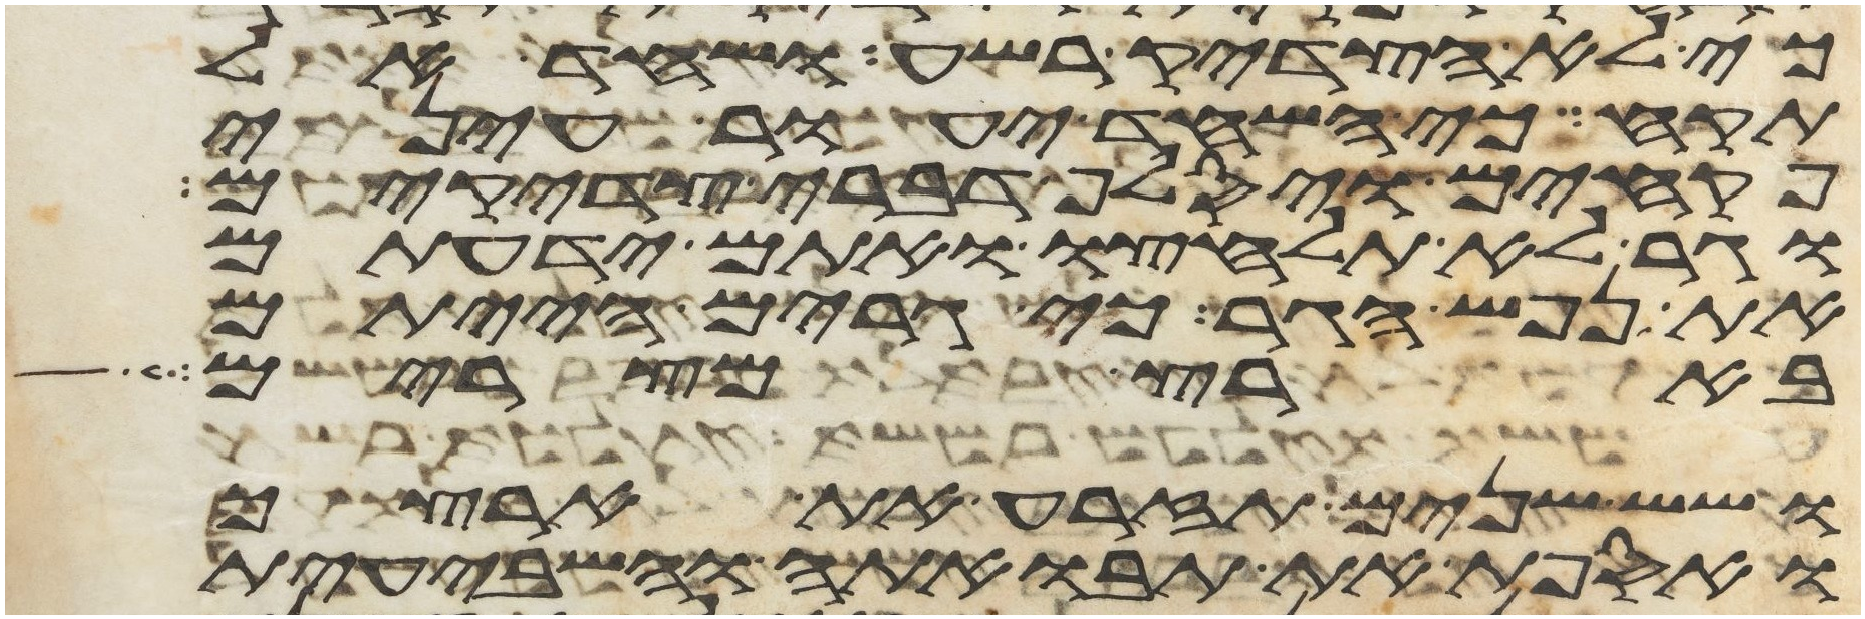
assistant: כי לא הצדיק רשע ושחד אל
תקח כי השחד יעור עיני
פקחים ויסלף דברי צדקים
וגר לא תלחצו ואתם ידעתם
את נפש הגר כי גרים הייתם
בארץ מצרים
ושש שנים תזרע את ארצך
ואספת את תבואתה והשביעית